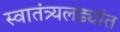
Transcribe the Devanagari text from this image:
स्वातंत्र्यलढ्यांत